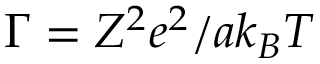
\Gamma = Z ^ { 2 } e ^ { 2 } / a k _ { B } T